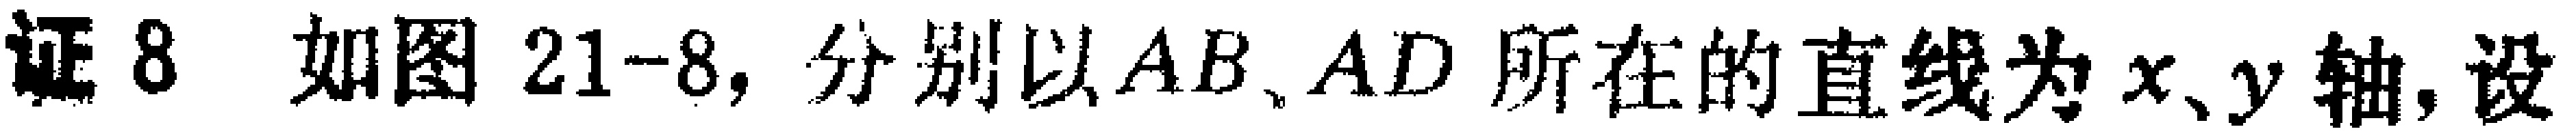
证8 如图21-8，分别以\(AB、AD\)所在的直线为\(x、y\)轴，设